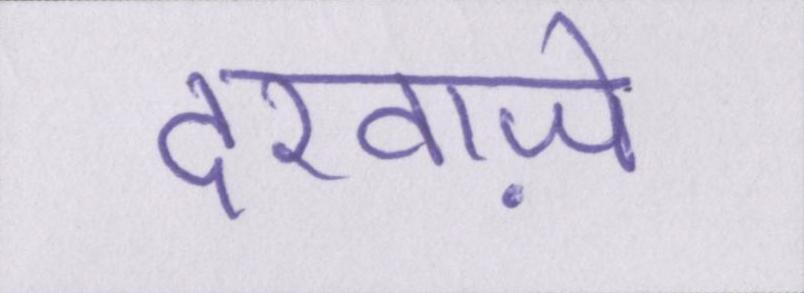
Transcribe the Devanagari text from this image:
दरवाज़े